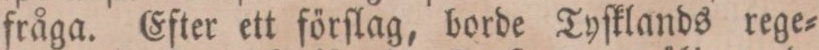
fråga. Efter ett förſlag, borde Tyſklands rege=